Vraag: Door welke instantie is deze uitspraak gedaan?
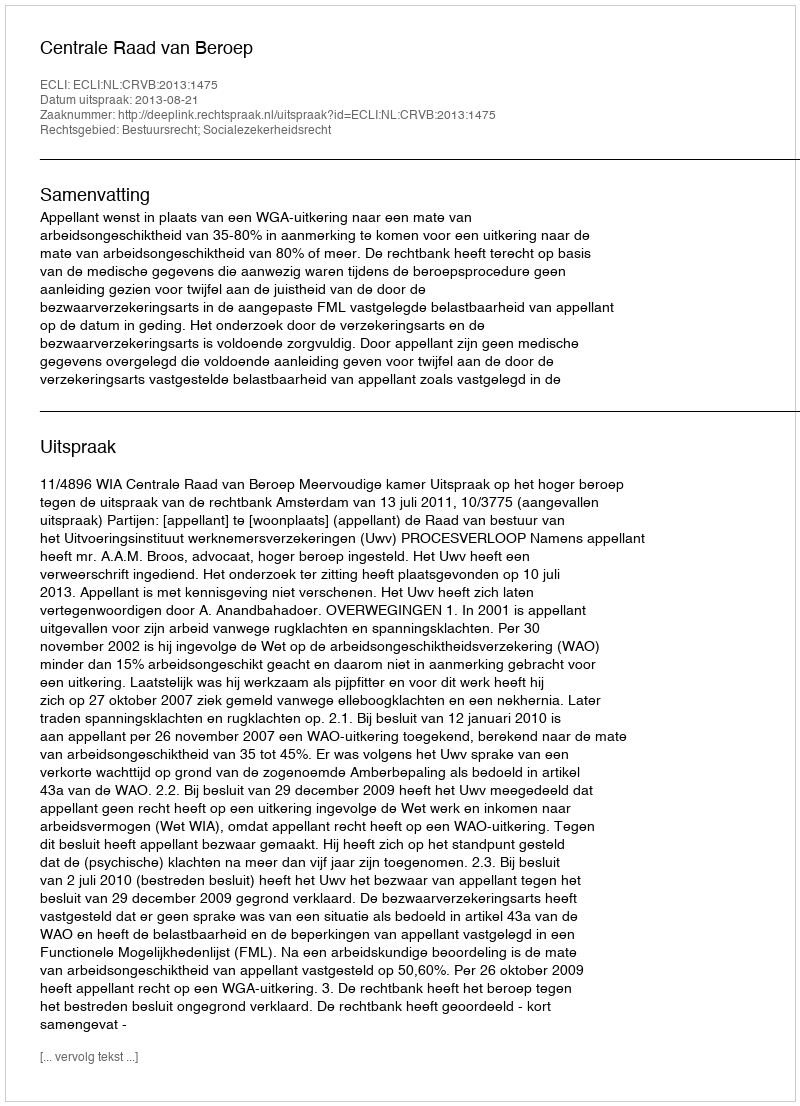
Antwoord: Centrale Raad van Beroep